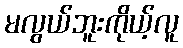
မလွယ်ဘူးကိုယ့်လူ